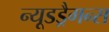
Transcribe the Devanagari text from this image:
न्यूडड्रैगन्स